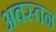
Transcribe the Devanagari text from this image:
अवस्तन